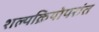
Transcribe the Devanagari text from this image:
शल्यक्रियोपरांत